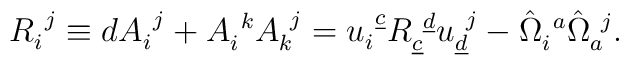
R_i^{~j}\equiv dA_i^{~j}+A_i^{~k}A_k^{~j}= u_{i}^{~\underline c}R_{\underline c}^{~\underline d}u_{\underline d}^{~j}-\hat\Omega_i^{~a}\hat\Omega_a^{~j}.